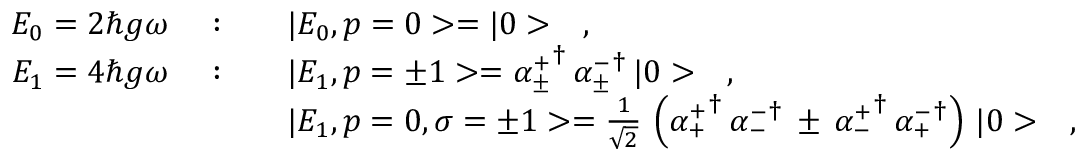
\begin{array} { r c l } { { E _ { 0 } = 2 \hbar g \omega \ } } & { { : } } & { { \ \ \ | E _ { 0 } , p = 0 > = | 0 > \ \ \ , } } \\ { { E _ { 1 } = 4 \hbar g \omega \ } } & { { : } } & { { \ \ \ | E _ { 1 } , p = \pm 1 > = { \alpha _ { \pm } ^ { + } } ^ { \dagger } \, { \alpha _ { \pm } ^ { - } } ^ { \dagger } \, | 0 > \ \ \ , } } \\ { { } } & { { } } & { { \ \ \ | E _ { 1 } , p = 0 , \sigma = \pm 1 > = \frac { 1 } { \sqrt { 2 } } \, \left( { \alpha _ { + } ^ { + } } ^ { \dagger } \, { \alpha _ { - } ^ { - } } ^ { \dagger } \, \pm \, { \alpha _ { - } ^ { + } } ^ { \dagger } \, { \alpha _ { + } ^ { - } } ^ { \dagger } \right) \, | 0 > \ \ \ , } } \end{array}